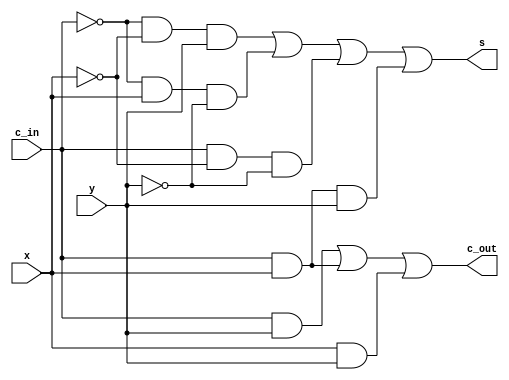
module FA(c_out, s, x, y, c_in);
   input  x, y, c_in;
   output c_out, s;

   assign s = ~c_in & ~x & y | ~c_in & x & ~y | c_in & ~x & ~y | c_in & x &y;
   assign c_out = c_in & y | c_in & x | x & y;
endmodule


module FA3bit(c3, x, y, s, c0);
   input [2:0] x, y;
   input c0;
   output [2:0] s;
   output c3;
   wire   c1, c2;
   
   FA FA1(c1, s[0], x[0], y[0], c0);
   FA FA2(c2, s[1], x[1], y[1], c1);
   FA FA3(c3, s[2], x[2], y[2], c2);
endmodule